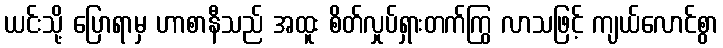
ယင်းသို့ ပြောရာမှ ဟာစာနီသည် အထူး စိတ်လှုပ်ရှားတက်ကြွ လာသဖြင့် ကျယ်လောင်စွာ